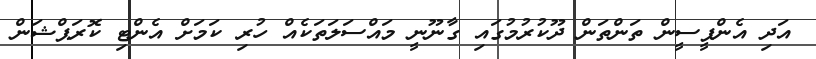
އަދި އެންޕީސީން ތަންތަން ދޫކުރުމުގައި ގާނޫނީ މައްސަލަތަކެއް ހުރި ކަމަށް އެންޓި ކޮރަޕްޝަން